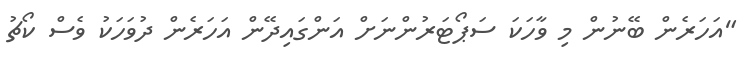
"އަހަރެން ބޭނުން މި ވާހަކަ ސަޕޯޓަރުންނަށް އަންގައިދޭން އަހަރެން ދުވަހަކު ވެސް ކޯޗު